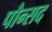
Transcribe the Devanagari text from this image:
पौन्सद